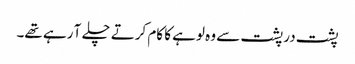
پشت در پشت سے وہ لوہے کا کام کرتے چلے آ رہے تھے۔